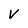
Character: v